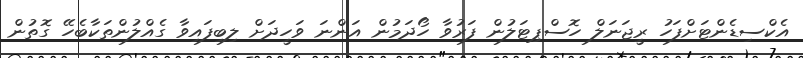
އެކްސިޑެންޓަށްފަހު ރީޖަނަލް ހޮސްޕިޓަލުން ފަރުވާ ހޯދަމުން އަންނަ ވަހީދަށް ލިބިފައިވާ ގެއްލުންތަކާބެހޭ ގޮތުން